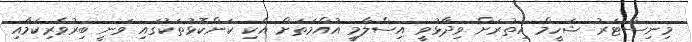
މިނިސްޓަރު ޝަހީމް އިތުރަށް ވިދާޅުވީ އިސްލާމީ އުއްމަތަށް އެކި ކަންކޮޅުތަކުގައި ވަނީ ބިރުވެރިކަމާއި